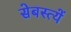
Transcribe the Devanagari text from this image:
सेबस्त्यें